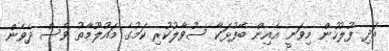
އަދި ފުލުހުން މިވަނީ އެއިން ބޭފުޅަކާ ސުވާލުކުރި ކަމުގެ މައުލޫމާތު ވެސް ދެވެން